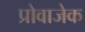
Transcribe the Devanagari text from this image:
प्रोवाजेक